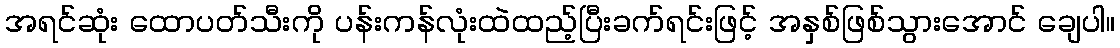
အရင်ဆုံး ထောပတ်သီးကို ပန်းကန်လုံးထဲထည့်ပြီးခက်ရင်းဖြင့် အနှစ်ဖြစ်သွားအောင် ချေပါ။